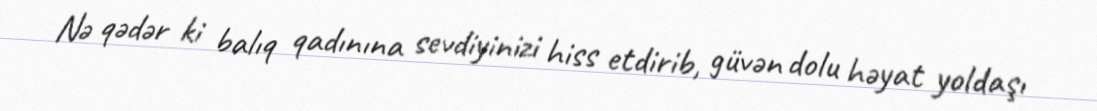
Nə qədər ki balıq qadınına sevdiyinizi hiss etdirib, güvən dolu həyat yoldaşı